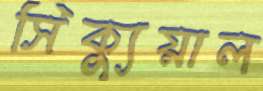
সিক্যুয়াল